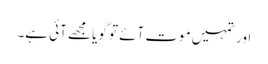
اور تمہیں موت آئے تو گویا مجھے آئی ہے۔